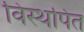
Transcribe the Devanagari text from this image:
विस्थपित